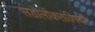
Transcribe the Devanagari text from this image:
सडोलीकरांविषयी